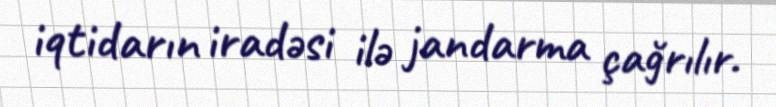
iqtidarın iradəsi ilə jandarma çağrılır.